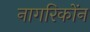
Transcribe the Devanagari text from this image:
नागरिकोंन